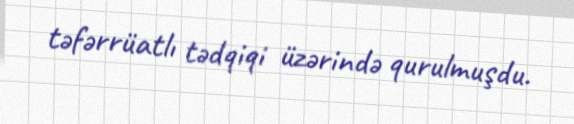
təfərrüatlı tədqiqi üzərində qurulmuşdu.